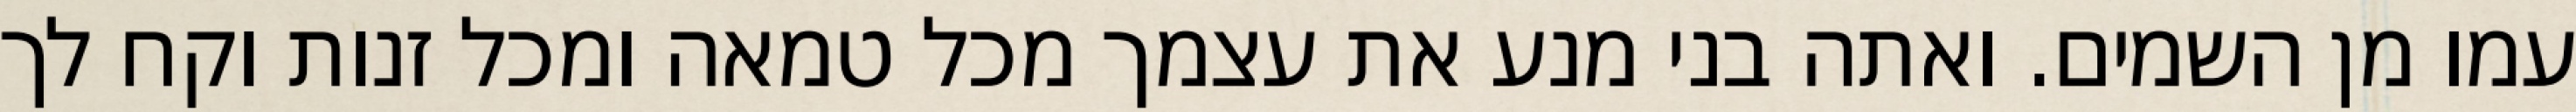
עמו מן השמים. ואתה בני מנע את עצמך מכל טמאה ומכל זנות וקח לך